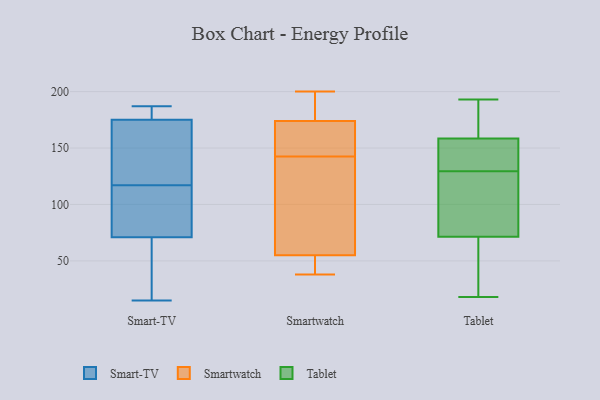
{"axis": {"x": "Customer Acquisition Cost (USD)", "y": "Value"}, "legend": ["Smart-TV", "Smartwatch", "Tablet"], "data": [{"x": "", "y": 185, "type": "Smart-TV"}, {"x": "", "y": 103, "type": "Smart-TV"}, {"x": "", "y": 36, "type": "Smart-TV"}, {"x": "", "y": 187, "type": "Smart-TV"}, {"x": "", "y": 43, "type": "Smart-TV"}, {"x": "", "y": 173, "type": "Smart-TV"}, {"x": "", "y": 110, "type": "Smart-TV"}, {"x": "", "y": 124, "type": "Smart-TV"}, {"x": "", "y": 99, "type": "Smart-TV"}, {"x": "", "y": 15, "type": "Smart-TV"}, {"x": "", "y": 160, "type": "Smart-TV"}, {"x": "", "y": 177, "type": "Smart-TV"}, {"x": "", "y": 192, "type": "Smartwatch"}, {"x": "", "y": 55, "type": "Smartwatch"}, {"x": "", "y": 174, "type": "Smartwatch"}, {"x": "", "y": 53, "type": "Smartwatch"}, {"x": "", "y": 138, "type": "Smartwatch"}, {"x": "", "y": 155, "type": "Smartwatch"}, {"x": "", "y": 169, "type": "Smartwatch"}, {"x": "", "y": 200, "type": "Smartwatch"}, {"x": "", "y": 54, "type": "Smartwatch"}, {"x": "", "y": 63, "type": "Smartwatch"}, {"x": "", "y": 85, "type": "Smartwatch"}, {"x": "", "y": 38, "type": "Smartwatch"}, {"x": "", "y": 190, "type": "Smartwatch"}, {"x": "", "y": 147, "type": "Smartwatch"}, {"x": "", "y": 193, "type": "Tablet"}, {"x": "", "y": 130, "type": "Tablet"}, {"x": "", "y": 158, "type": "Tablet"}, {"x": "", "y": 149, "type": "Tablet"}, {"x": "", "y": 62, "type": "Tablet"}, {"x": "", "y": 55, "type": "Tablet"}, {"x": "", "y": 129, "type": "Tablet"}, {"x": "", "y": 104, "type": "Tablet"}, {"x": "", "y": 156, "type": "Tablet"}, {"x": "", "y": 18, "type": "Tablet"}, {"x": "", "y": 19, "type": "Tablet"}, {"x": "", "y": 135, "type": "Tablet"}, {"x": "", "y": 81, "type": "Tablet"}, {"x": "", "y": 113, "type": "Tablet"}, {"x": "", "y": 122, "type": "Tablet"}, {"x": "", "y": 61, "type": "Tablet"}, {"x": "", "y": 161, "type": "Tablet"}, {"x": "", "y": 173, "type": "Tablet"}, {"x": "", "y": 159, "type": "Tablet"}, {"x": "", "y": 193, "type": "Tablet"}]}